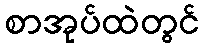
စာအုပ်ထဲတွင်